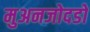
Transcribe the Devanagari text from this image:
मुअनजोदडो